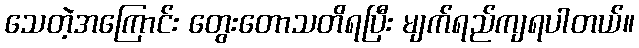
သေတဲ့အကြောင်း တွေးတောသတိရပြီး မျက်ရည်ကျရပါတယ်။